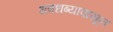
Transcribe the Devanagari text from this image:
धबधब्यापासून